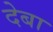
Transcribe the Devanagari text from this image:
देबा